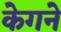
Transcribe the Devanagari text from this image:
केगने